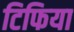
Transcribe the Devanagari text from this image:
टिफिया